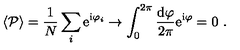
\langle { \cal P } \rangle = \frac { 1 } { N } \sum _ { i } \mathrm { e } ^ { \mathrm { i } \varphi _ { i } } \to \int _ { 0 } ^ { 2 \pi } \frac { \mathrm { d } \varphi } { 2 \pi } \mathrm { e } ^ { \mathrm { i } \varphi } = 0 \ .